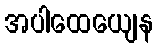
အပါထေယျေန